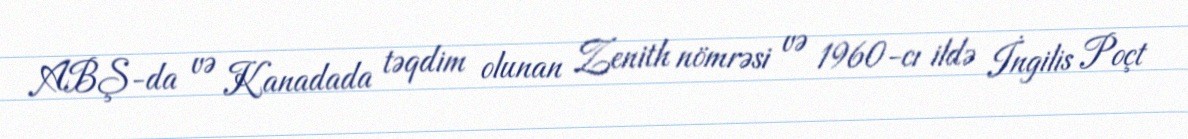
ABŞ-da və Kanadada təqdim olunan Zenith nömrəsi və 1960-cı ildə İngilis Poçt